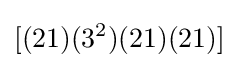
[(21)(3^{2})(21)(21)]